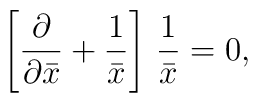
\left[   {\partial \over \partial \bar x} +{1\over \bar x} \right]\, {1\over \bar x} = 0,